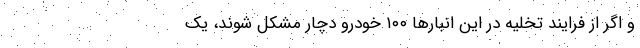
و اگر از فرایند تخلیه در این انبارها ۱۰۰ خودرو دچار مشکل شوند، یک